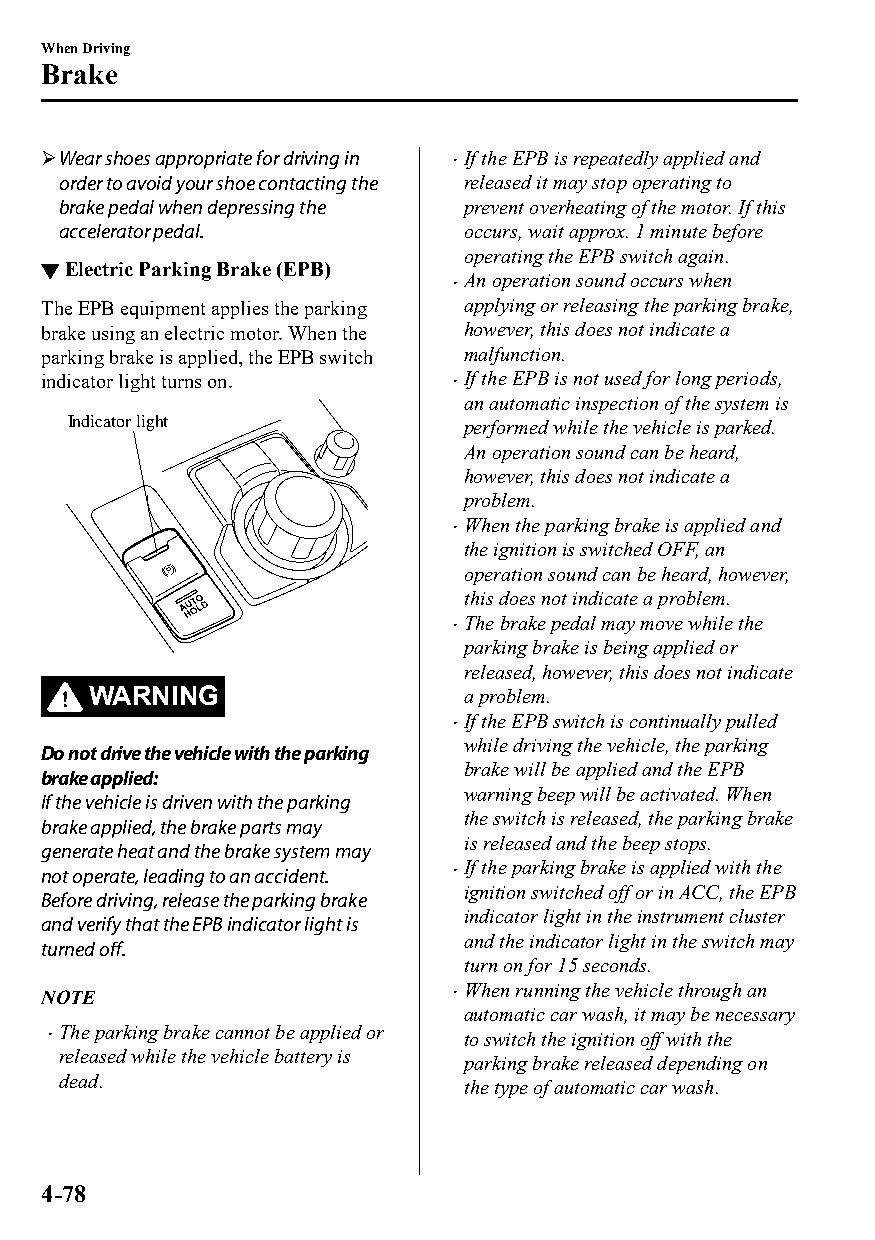
When Driving
 Brake
 Wear shoes appropriate for driving in If the EPB is repeatedly applied and
 
 order to avoid your shoe contacting the released it may stop operating to
 brake pedal when depressing the prevent overheating of the motor. If this
 accelerator pedal.        occurs, wait approx. 1 minute before
 operating the EPB switch again.
 ▼Electric Parking Brake (EPB)
 An operation sound occurs when
 
 The EPB equipment applies the parking applying or releasing the parking brake,
 brake using an electric motor. When the however, this does not indicate a
 parking brake is applied, the EPB switch malfunction.
 indicator light turns on.   If the EPB is not used for long periods,
 an automatic inspection of the system is
 Indicator light           performed while the vehicle is parked.
 An operation sound can be heard,
 however, this does not indicate a
 problem.
 When the parking brake is applied and
 
 the ignition is switched OFF, an
 operation sound can be heard, however,
 this does not indicate a problem.
 The brake pedal may move while the
 
 parking brake is being applied or
 released, however, this does not indicate
 WARNING                 a problem.
 If the EPB switch is continually pulled
 
 while driving the vehicle, the parking
 Do not drive the vehicle with the parking
 brake will be applied and the EPB
 brake applied:
 warning beep will be activated. When
 If the vehicle is driven with the parking
 the switch is released, the parking brake
 brake applied, the brake parts may
 is released and the beep stops.
 generate heat and the brake system may
 If the parking brake is applied with the
 not operate, leading to an accident. 
 ignition switched off or in ACC, the EPB
 Before driving, release the parking brake
 indicator light in the instrument cluster
 and verify that the EPB indicator light is
 and the indicator light in the switch may
 turned off.
 turn on for 15 seconds.
 When running the vehicle through an
 NOTE                        
 automatic car wash, it may be necessary
 The parking brake cannot be applied or
                           to switch the ignition off with the
 released while the vehicle battery is
 parking brake released depending on
 dead.
 the type of automatic car wash.
 4-78
 CX-3_8GT4-EE-18D_Edition4                  2018-9-6 18:32:19